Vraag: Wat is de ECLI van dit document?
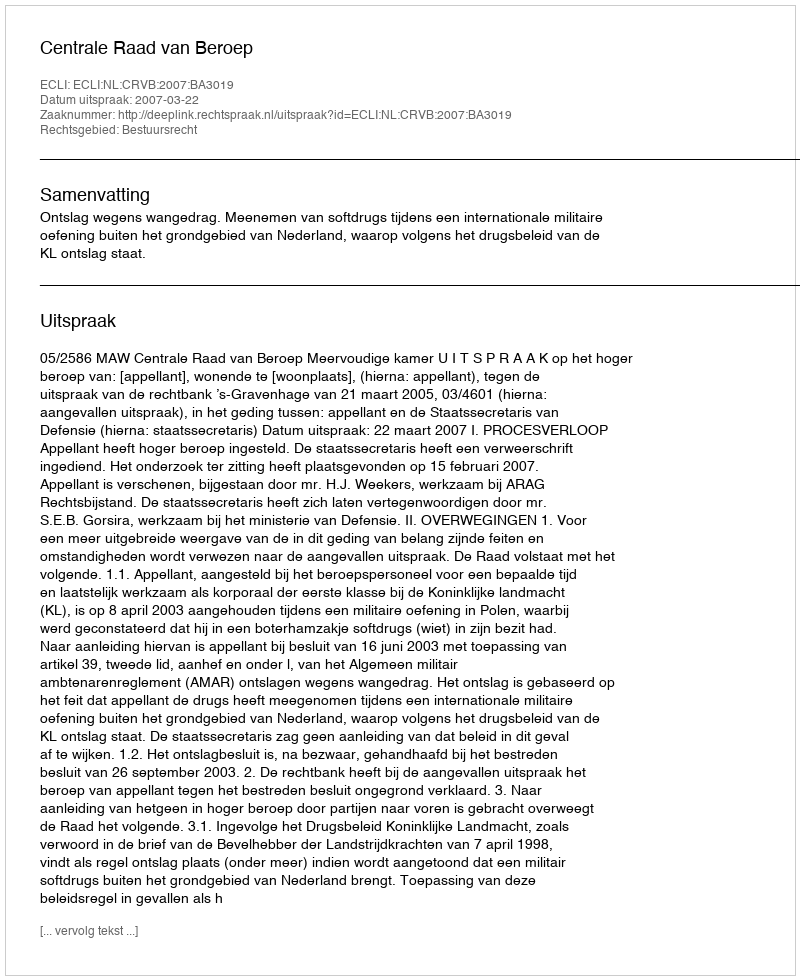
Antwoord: ECLI:NL:CRVB:2007:BA3019